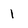
Character: 1